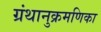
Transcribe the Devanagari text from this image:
ग्रंथानुक्रमणिका